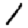
Digit: 1